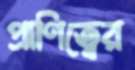
প্রাণিত্বের